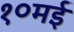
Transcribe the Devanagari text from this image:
१०मई